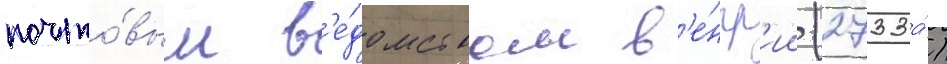
почто́вым в'е́домством в'е́нгр'ии (2733а́)